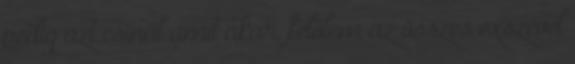
pedig azt csinál amit akar, felőlem az összes exszével